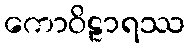
ကောဝိဠာရဿ